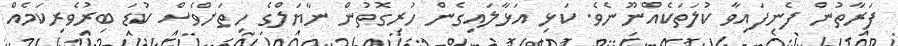
ފަރާތުން ފެނިފައިވާ ކުލަތަކެއްނޫނެވެ. ކަޅި އަޅާލައިގެން ހުރިގޮތުން ނާޔަލްގެ ހިތަށްވެސް ކުޑަ ބިރުވެރިކަމެއް